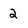
Character: 2